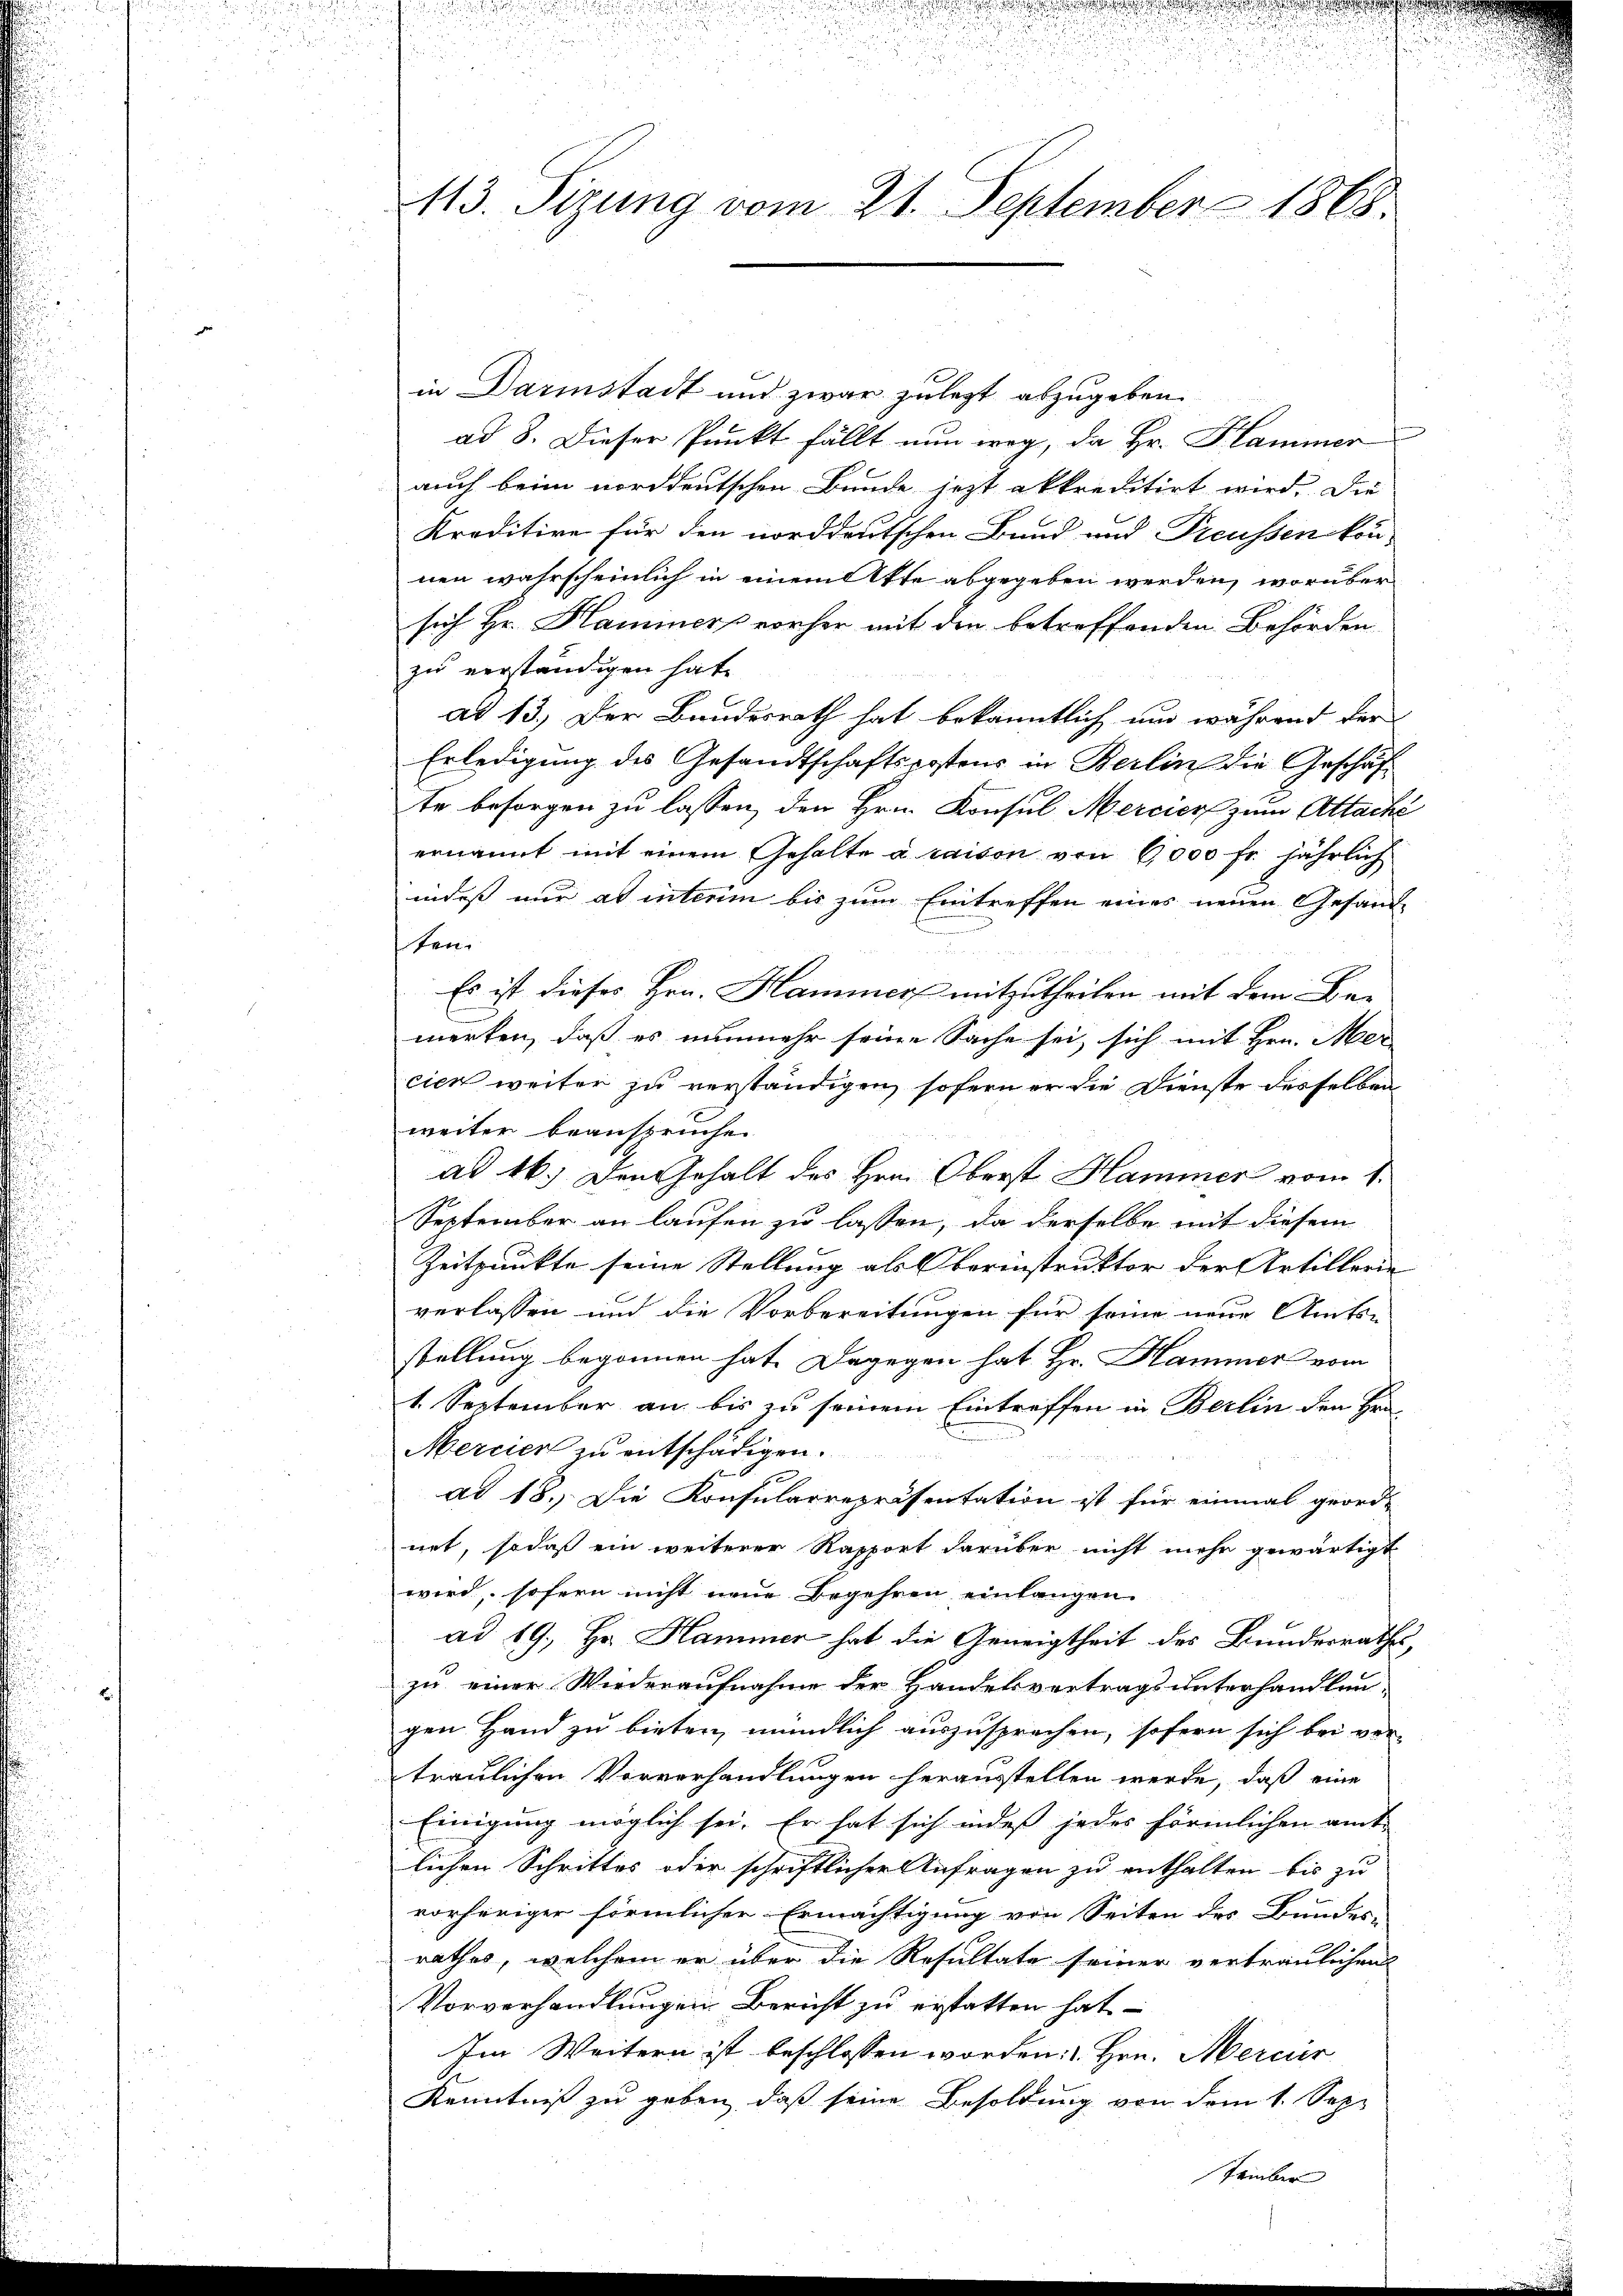
113. Sizung vom 21. September 1868.

in Darinstadt und zwar zuletzt abzugeben.
ad 8. Dieser Punkt fällt nun weg, da Hr. Hammer
auch beim norddeutschen Bunde jetzt akkreditirt wird. Die
Kreditire für den norddeutschen Bund und Preussen kon-
nen wahrscheinlich in einem Akte abgegeben werden, worüber
sich Hr. Hammers vorher mit den betreffenden Behörden
zu verständigen hat.
ad 13.) Der Bundesrath hat bekanntlich um während der
Erledigung des Gesandtschaftspostens in Berlin die Geschäf
te besorgen zu lassen, den Hrn. Konsul Mercier zum Attache
ernannt mit einem Gehalte à raison von 6,000 fr. jährlich
indes nur ad interim bis zum Eintreffen eines neuen Gesandken
Es ist dieses Hrn. Hammer mitzutheilen mit dem Be-
merken, daß es nunmehr seine Sache sei, sich mit Hrn. Mer
cien weiter zu verständigen, sofern er die Dienste desselben
weiter beansprüche.
ad 16.) Den Gehalt des Hrn. Oberst Hammer vom 1.
September an laufen zu lassen, da derselbe mit diesem
Zeitpunkte seine Stellung als Oberinstruktor der Artillerin
verlassen und die Vorbereitungen für seine neue Amts-
stellung begonnen hat. Dagegen hat Hr. Hammer vom
1. September an bis zu seinem Eintreffen in Berlin den Hrn.
Mercier zu entschädigen.
ad 18. Die Konsularrepräsentation ist für einmal geord-
net, sodaß ein weiterer Rapport darüber nicht mehr gewärtigt
wird, sofern nicht neue Begehren einlangen
ad 19. Hr. Hammer hat die Geneigtheit des Bundesrathes,
zu einer Wiederaufnahme der Handelsvertrags unterhandlau-
gen Hand zu bieten, mündlich auszusprechen, sofern sich bei ver-
traulichen Vorverhandlungen herausstellen werde, daß eine
Einigung möglich sei. Er hat sich indes jedes förmlichen amt-
lichen Schrittes oder schriftlicher Anfragen zu enthalten bis zu
vorheriger förmlicher Ermächtigung von Seiten des Bundes-
rathes, welchem er über die Resultate seiner vertraulichen
Vorverhandlungen Bericht zu erstatten hat
Im Weitern ist beschlossen worden: " Hrn. Mercier
Kenntniß zu geben, daß seine Besoldung von dem 1. Sep-